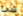
شئ